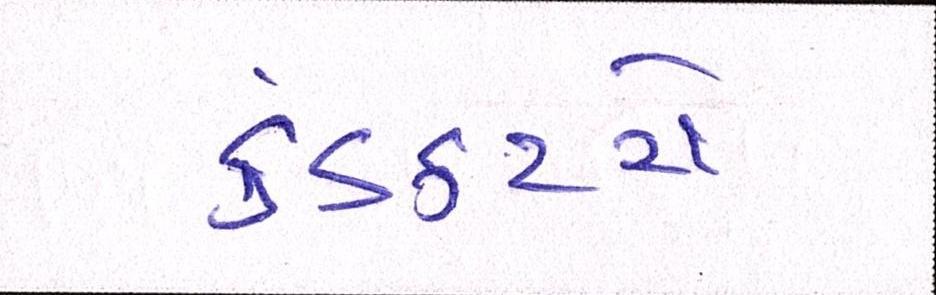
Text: કંડકટરો